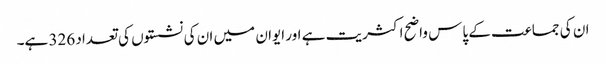
ان کی جماعت کے پاس واضح اکثریت ہے اور ایوان میں ان کی نشستوں کی تعداد 326 ہے۔